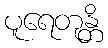
ပူရေတုန္တိ